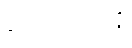
တေလကာနိ